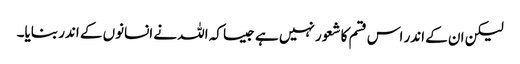
لیکن ان کے اندر اس قسم کا شعور نہیں ہے جیسا کہ اللہ نے انسانوں کے اندر بنایا۔